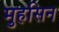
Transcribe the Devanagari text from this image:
मुहसिन